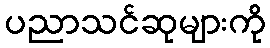
ပညာသင်ဆုများကို